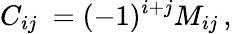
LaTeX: C_{ij}\ =(-1)^{i+j}M_{ij}\, ,